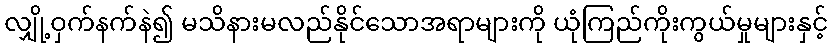
လျှို့ဝှက်နက်နဲ၍ မသိနားမလည်နိုင်သောအရာများကို ယုံကြည်ကိုးကွယ်မှုများနှင့်